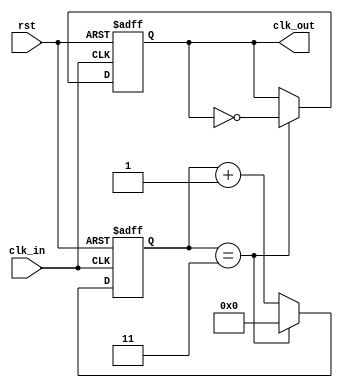
module FrequencyDividerCounter #(
    parameter N = 4 // Default division factor
)(
    input wire clk_in,  // Input clock signal
    input wire rst,     // Asynchronous reset signal
    output reg clk_out   // Divided output clock signal
);

    reg [31:0] counter; // Counter register to hold the current count

    // Asynchronous reset and counting mechanism
    always @(posedge clk_in or posedge rst) begin
        if (rst) begin
            counter <= 0;    // Reset the counter
            clk_out <= 0;    // Initialize the output clock to low
        end else begin
            if (counter == (N - 1)) begin
                counter <= 0; // Reset the counter
                clk_out <= ~clk_out; // Toggle the output clock
            end else begin
                counter <= counter + 1; // Increment the counter
            end
        end
    end

endmodule